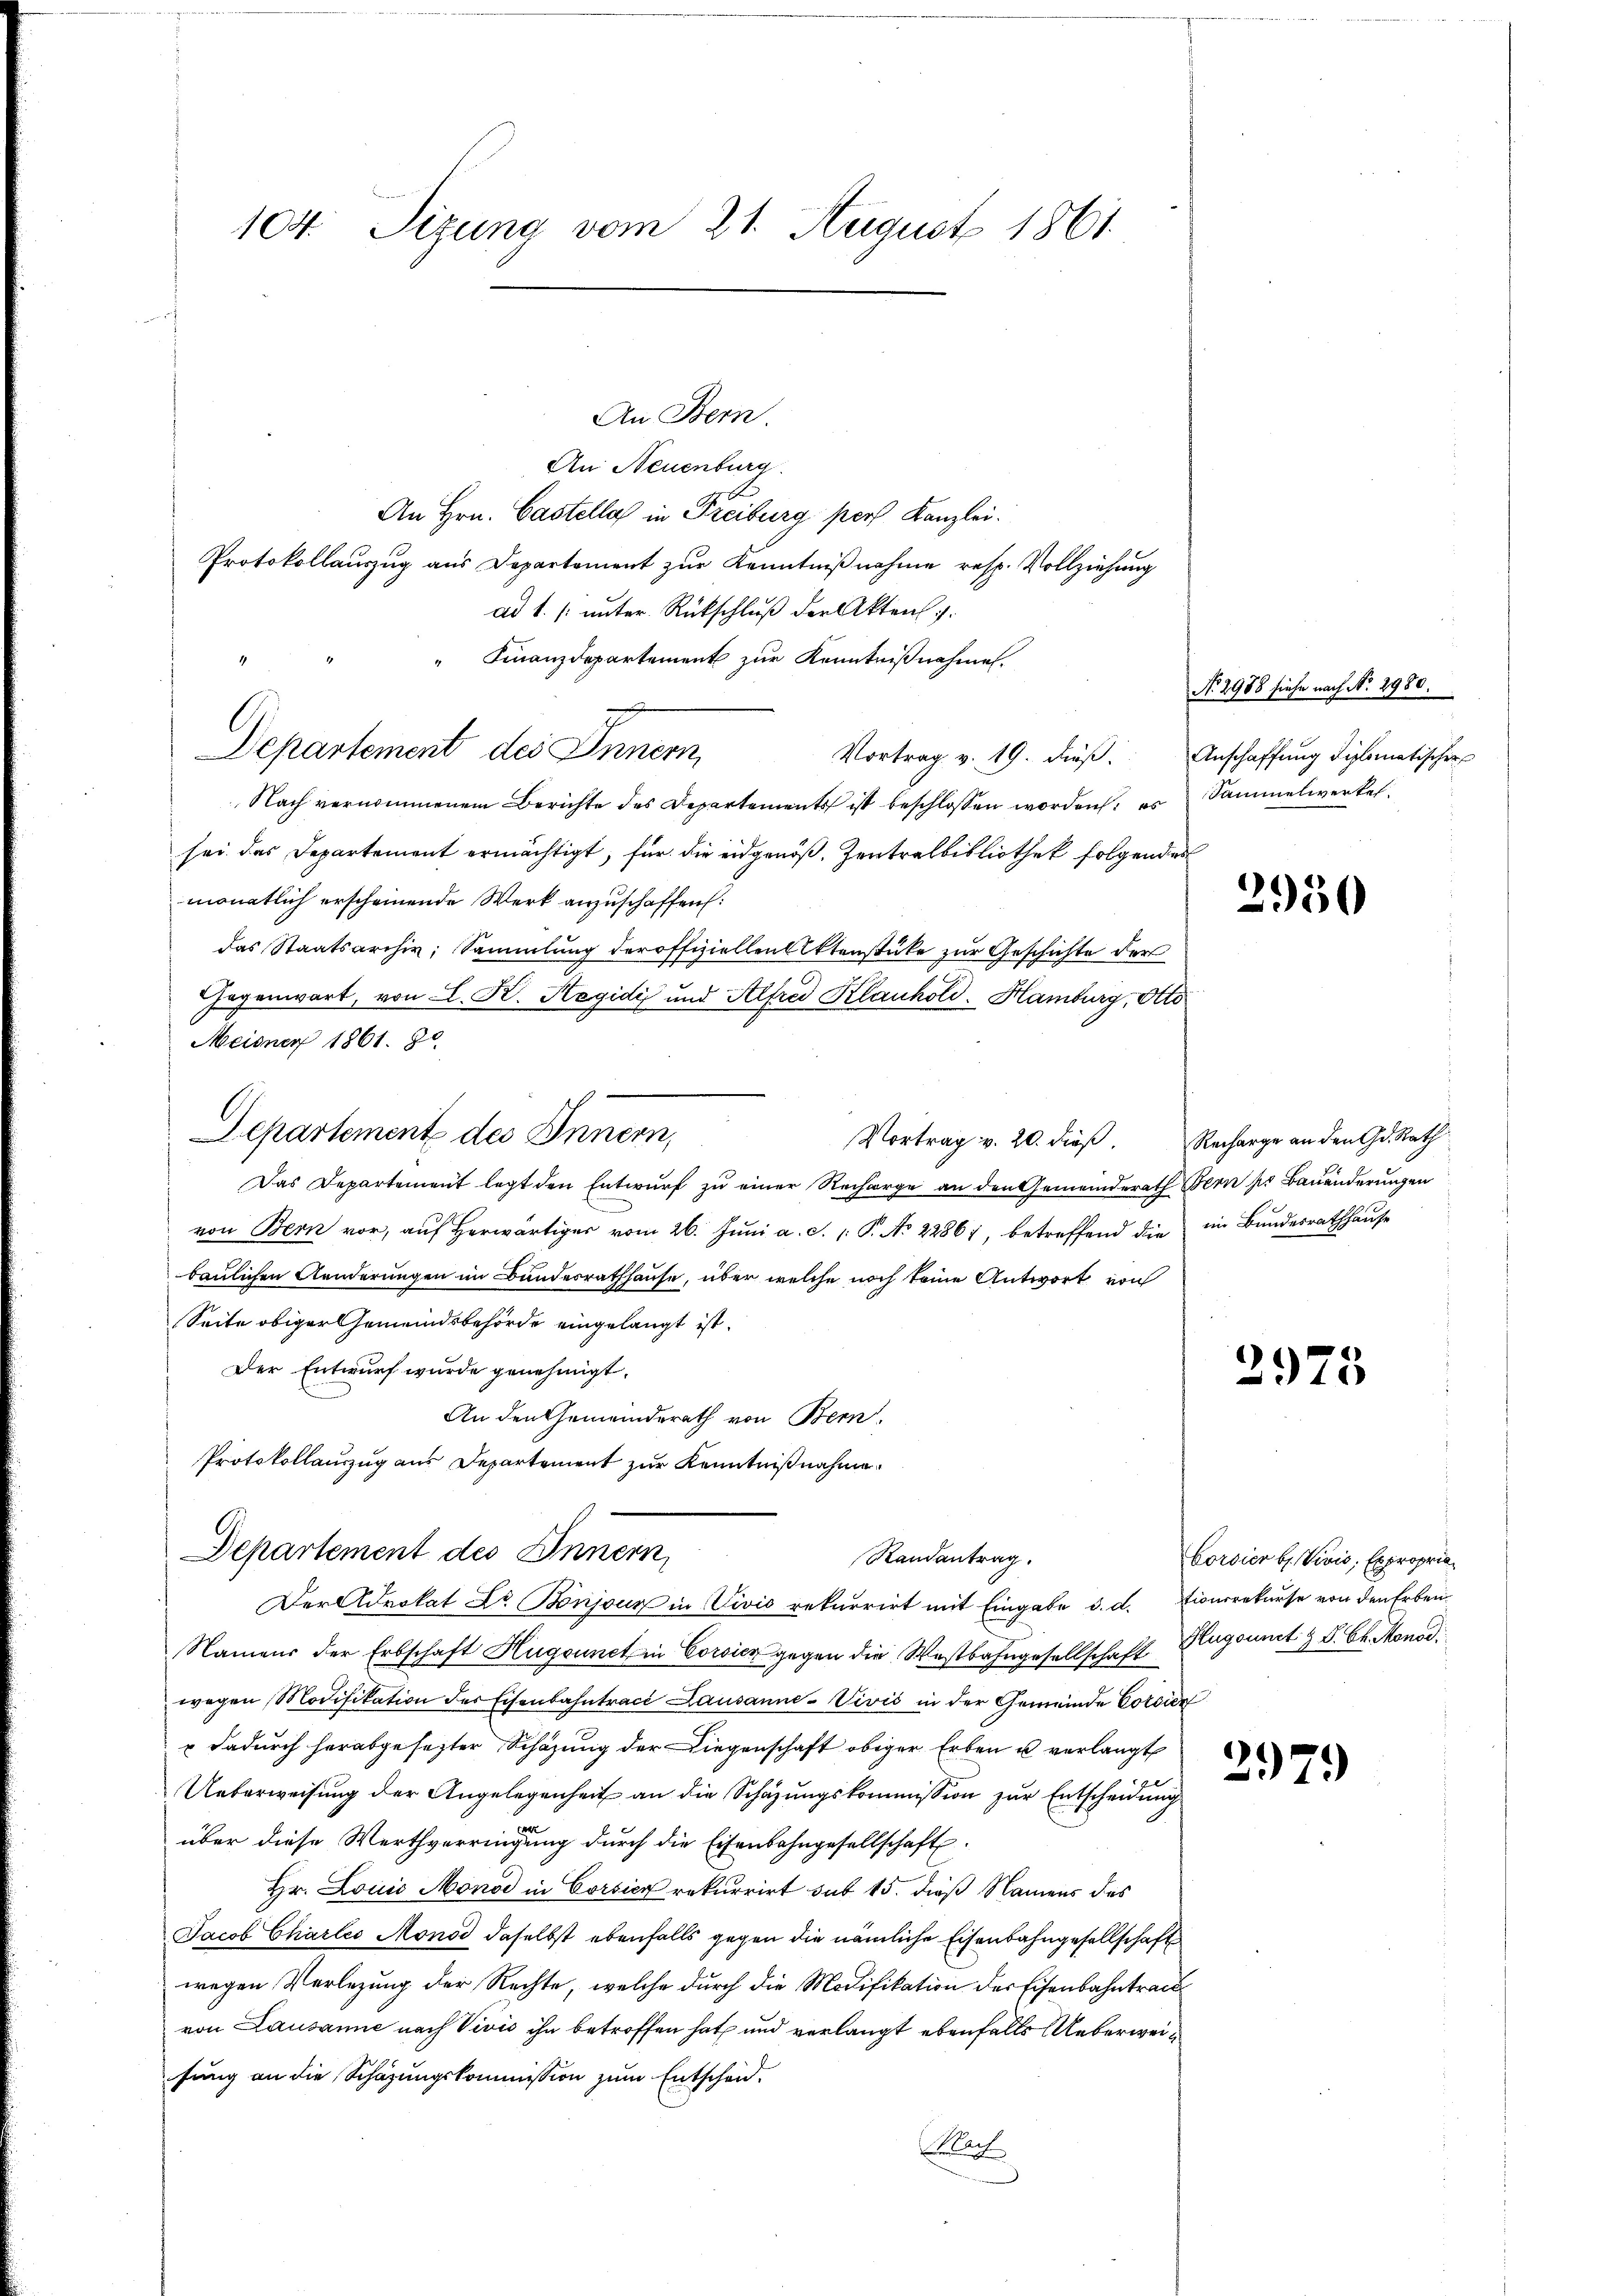
104. Sizung vom 21. August 1861

An Bern.
An Neuenburg.
An Hrn. Castelle in Freiburg pers Kanzlei.
Protokollauszug aus Departement zur Kenntnißnahme resp. Vollziehung
ad 1. [unter Rückschluß der Akten.
Finanzdepartement zur Kenntnißnahmen.
Departement des Innern,
Nach vernommenem Berichte des Departements ist beschlossen worden: es
sei das Departement ermächtigt, für die eidgenöß. Zentralbibliothek folgendes
monatlich erscheinende Werk anzuschaffen.
das Staatsarchiv, Sammlung der offiziellen Aktenstüke zur Geschichte der
Gegenwart, von L. K. Hegidi und Alfred Klauhold. Hamburg, Otto
Meiner 1861. 80
Departement des Innern,
Vortrag v. 20. dieß.
Das Departement legt den Entwurf zu einer Recharge an den Gemeinderath Bern pr Bauänderungen
von Bern vor, aŭf herwärtiger vom 26. Jŭni a. c. 1: P. No 22861, betreffend die im Bundesrathhause
baulichen Aenderungen im Bundesrathhause, über welche noch keine Antwort von
Seite obiger Gemeindsbehörde eingelangt ist.
Der Entwurf wurde genehmigt.
An den Gemeinderath von Bern.
Protokollauszug aus Departement zur Kenntnißnahme.

Departement des Innern,
Randantrag.
Der Advokat Dr. Bonjour in Divis rekurrirt mit Eingabe d. d. Eioncrekurse von den Erben

Namens der Erbschaft Hugounct in Coricz gegen die Wastbahngesellschaft Hugonnet & B. Ch. Monod.
wegen Modifikation der Eisenbahntracé Lausanne-Vivis in der Gemeinde Corsićz
 dadurch herabgesetzter Schazung der Liegenschaft obiger Erben u verlangt
Ueberweisung der Angelegenheit an die Schazungskommission zur Entscheidung
über diese Werthverringung durch die Eisenbahngesellschaft
Hr. Louis Monod in Corsich rekurrirt sub 15. dieß Namens des
Jacob Chartes Monod daselbst ebenfalls gegen die nämliche Eisenbahngesellschaft
wegen Verlegung der Rechte, welche durch die Modifikation des Eisenbahntrac
von Lausanne nach Vivis ihn betroffen hat und verlangt ebenfalls Ueberweifung an die Schazungskommission zum Entscheid-
Plaf

Vortrag v. 19. dieβ. Anschaffung diplomatischer
Sammelwertel.

2950

Recharge an den Gd. Rath

2975

Corvier b. Vivis, Expropria

2979

No. 2988 siehe nach No. 2980.